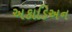
અકાડિઅન